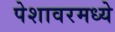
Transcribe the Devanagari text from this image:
पेशावरमध्ये